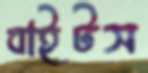
বাইটস